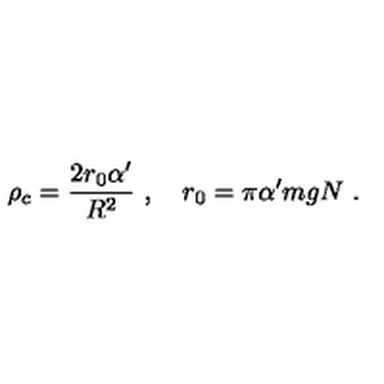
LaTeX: \rho _ { c } = { \frac { 2 r _ { 0 } \alpha ^ { \prime } } { R ^ { 2 } } } \ , \quad r _ { 0 } = \pi \alpha ^ { \prime } m g N \ .